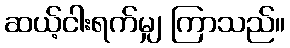
ဆယ့်ငါးရက်မျှ ကြာသည်။